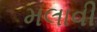
મલાવી